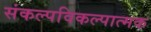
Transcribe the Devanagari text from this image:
संकल्पविकल्पात्मक